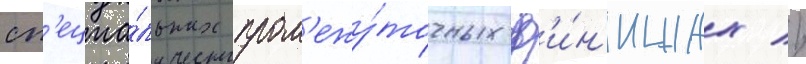
сп'ециа́льных пром'ежу́точных ф'и́н'ишах //